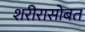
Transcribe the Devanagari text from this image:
शरीरासोबत